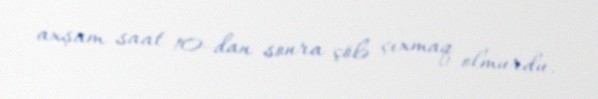
axşam saat 10-dan sonra çölə çıxmaq olmurdu.